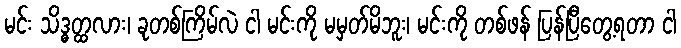
မင်း သိဒ္ဓတ္ထလား၊ ခုတစ်ကြိမ်လဲ ငါ မင်းကို မမှတ်မိဘူး၊ မင်းကို တစ်ဖန် ပြန်ပြီတွေ့ရတာ ငါ